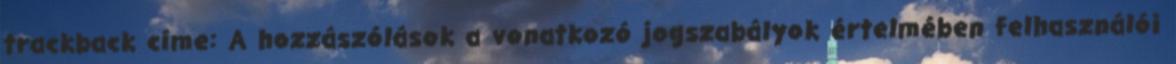
trackback címe: A hozzászólások a vonatkozó jogszabályok értelmében felhasználói